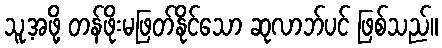
သူ့အဖို့ တန်ဖိုးမဖြတ်နိုင်သော ဆုလာဘ်ပင် ဖြစ်သည်။